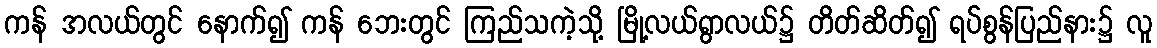
ကန် အလယ်တွင် နောက်၍ ကန် ဘေးတွင် ကြည်သကဲ့သို့ မြို့လယ်ရွာလယ်၌ တိတ်ဆိတ်၍ ရပ်စွန်ပြည်နား၌ လူ